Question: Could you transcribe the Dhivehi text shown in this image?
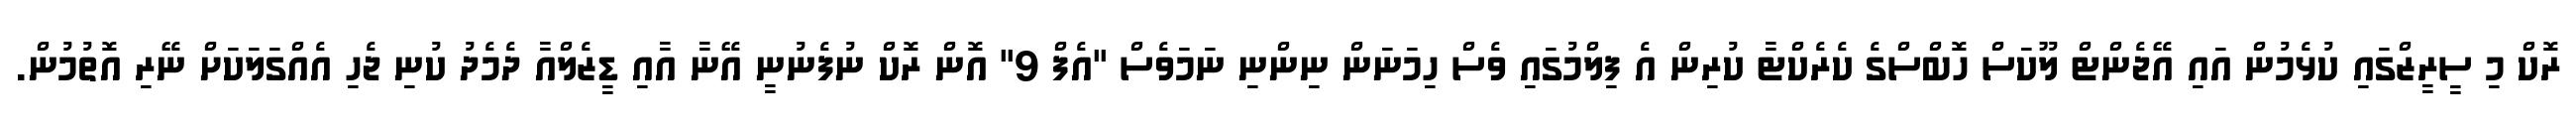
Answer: ރޮކް މި ސީރީޒްގައި ކުޅެމުން އައި އޭޖެންޓް ލޫކަސް ހޮބްސްގެ ކެރެކްޓާ ކުރިން އެ ފިލްމުގައި ވެސް ހިމަނަން ނިންނި ނަމަވެސް "އެފް 9" އޮން ރޮކް ނުފެނުނީ އޭނާ އާއި ޑީޒެލްއާ ދެމެދު ކުނި ޖެހި އެއްގަލަކަށް ނޭރި އޮތުމުން.